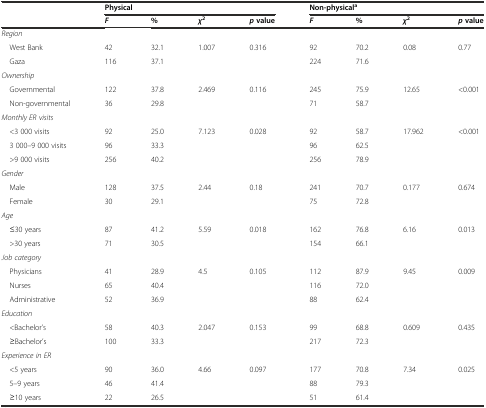
<table><thead><tr><td rowspan="2"></td><td colspan="4"><b>Physical</b></td><td colspan="4"><b>Non-physical<sup>a</sup></b></td></tr><tr><td><b><i>F</i></b></td><td><b>%</b></td><td><b><i>χ</i><sup>2</sup></b></td><td><b><i>p</i>value</b></td><td><b><i>F</i></b></td><td><b>%</b></td><td><b><i>χ</i><sup>2</sup></b></td><td><b><i>p</i>value</b></td></tr></thead><tbody><tr><td><i>Region</i></td><td></td><td></td><td></td><td></td><td></td><td></td><td></td><td></td></tr><tr><td> West Bank</td><td>42</td><td>32.1</td><td>1.007</td><td>0.316</td><td>92</td><td>70.2</td><td>0.08</td><td>0.77</td></tr><tr><td> Gaza</td><td>116</td><td>37.1</td><td></td><td></td><td>224</td><td>71.6</td><td></td><td></td></tr><tr><td><i>Ownership</i></td><td></td><td></td><td></td><td></td><td></td><td></td><td></td><td></td></tr><tr><td> Governmental</td><td>122</td><td>37.8</td><td>2.469</td><td>0.116</td><td>245</td><td>75.9</td><td>12.65</td><td>&lt;0.001</td></tr><tr><td> Non-governmental</td><td>36</td><td>29.8</td><td></td><td></td><td>71</td><td>58.7</td><td></td><td></td></tr><tr><td><i>Monthly ER visits</i></td><td></td><td></td><td></td><td></td><td></td><td></td><td></td><td></td></tr><tr><td> &lt;3 000 visits</td><td>92</td><td>25.0</td><td>7.123</td><td>0.028</td><td>92</td><td>58.7</td><td>17.962</td><td>&lt;0.001</td></tr><tr><td> 3 000–9 000 visits</td><td>96</td><td>33.3</td><td></td><td></td><td>96</td><td>62.5</td><td></td><td></td></tr><tr><td> &gt;9 000 visits</td><td>256</td><td>40.2</td><td></td><td></td><td>256</td><td>78.9</td><td></td><td></td></tr><tr><td><i>Gender</i></td><td></td><td></td><td></td><td></td><td></td><td></td><td></td><td></td></tr><tr><td> Male</td><td>128</td><td>37.5</td><td>2.44</td><td>0.18</td><td>241</td><td>70.7</td><td>0.177</td><td>0.674</td></tr><tr><td> Female</td><td>30</td><td>29.1</td><td></td><td></td><td>75</td><td>72.8</td><td></td><td></td></tr><tr><td><i>Age</i></td><td></td><td></td><td></td><td></td><td></td><td></td><td></td><td></td></tr><tr><td> ≤30 years</td><td>87</td><td>41.2</td><td>5.59</td><td>0.018</td><td>162</td><td>76.8</td><td>6.16</td><td>0.013</td></tr><tr><td> &gt;30 years</td><td>71</td><td>30.5</td><td></td><td></td><td>154</td><td>66.1</td><td></td><td></td></tr><tr><td><i>Job category</i></td><td></td><td></td><td></td><td></td><td></td><td></td><td></td><td></td></tr><tr><td> Physicians</td><td>41</td><td>28.9</td><td>4.5</td><td>0.105</td><td>112</td><td>87.9</td><td>9.45</td><td>0.009</td></tr><tr><td> Nurses</td><td>65</td><td>40.4</td><td></td><td></td><td>116</td><td>72.0</td><td></td><td></td></tr><tr><td> Administrative</td><td>52</td><td>36.9</td><td></td><td></td><td>88</td><td>62.4</td><td></td><td></td></tr><tr><td><i>Education</i></td><td></td><td></td><td></td><td></td><td></td><td></td><td></td><td></td></tr><tr><td> &lt;Bachelor’s</td><td>58</td><td>40.3</td><td>2.047</td><td>0.153</td><td>99</td><td>68.8</td><td>0.609</td><td>0.435</td></tr><tr><td> ≥Bachelor’s</td><td>100</td><td>33.3</td><td></td><td></td><td>217</td><td>72.3</td><td></td><td></td></tr><tr><td><i>Experience in ER</i></td><td></td><td></td><td></td><td></td><td></td><td></td><td></td><td></td></tr><tr><td> &lt;5 years</td><td>90</td><td>36.0</td><td>4.66</td><td>0.097</td><td>177</td><td>70.8</td><td>7.34</td><td>0.025</td></tr><tr><td> 5–9 years</td><td>46</td><td>41.4</td><td></td><td></td><td>88</td><td>79.3</td><td></td><td></td></tr><tr><td> ≥10 years</td><td>22</td><td>26.5</td><td></td><td></td><td>51</td><td>61.4</td><td></td><td></td></tr></tbody></table>